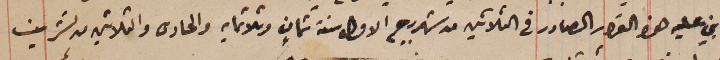
ما بني عليه هذه القرار الصادر فى الثلاثين من شهر ربيع الاول سنة ثمانٍ وثلاثمايه والحادى والثلاثين من تشرين